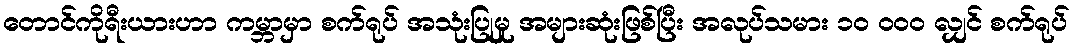
တောင်ကိုရီးယားဟာ ကမ္ဘာမှာ စက်ရုပ် အသုံးပြုမှု အများဆုံးဖြစ်ပြီး အလုပ်သမား ၁၀ ၀၀၀ လျှင် စက်ရုပ်